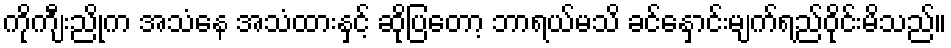
ကိုကျီးညိုက အသံနေ အသံထားနှင့် ဆိုပြတော့ ဘာရယ်မသိ ခင်နှောင်းမျက်ရည်ဝိုင်းမိသည်။